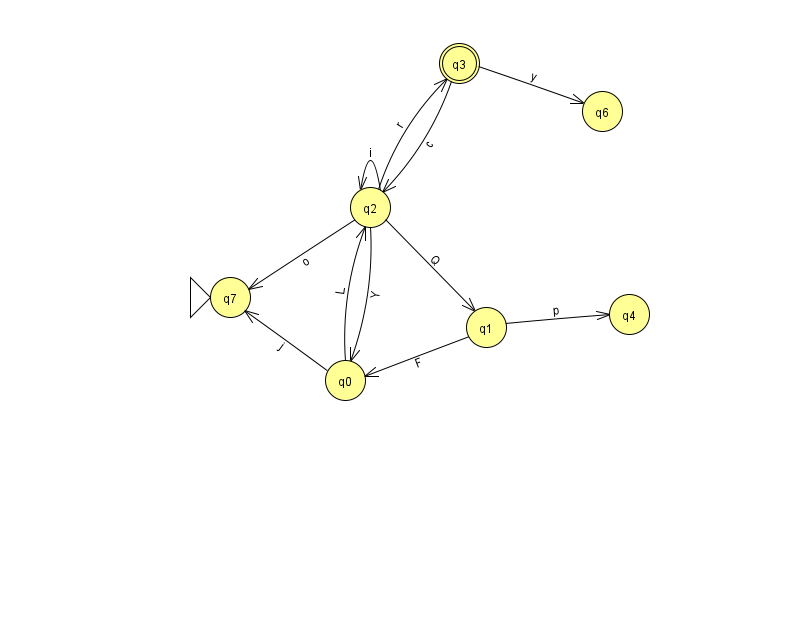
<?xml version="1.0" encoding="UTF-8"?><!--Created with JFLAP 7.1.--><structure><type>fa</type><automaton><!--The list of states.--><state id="0" name="q0"><x>345.0</x><y>367.0</y></state><state id="1" name="q1"><x>486.0</x><y>314.0</y></state><state id="2" name="q2"><x>370.0</x><y>194.0</y></state><state id="3" name="q3"><x>459.0</x><y>50.0</y><final/></state><state id="4" name="q4"><x>629.0</x><y>301.0</y></state><state id="6" name="q6"><x>602.0</x><y>98.0</y></state><state id="7" name="q7"><x>230.0</x><y>284.0</y><initial/></state><!--The list of transitions.--><transition><from>1</from><to>0</to><read>F</read></transition><transition><from>0</from><to>7</to><read>j</read></transition><transition><from>2</from><to>1</to><read>Q</read></transition><transition><from>3</from><to>2</to><read>c</read></transition><transition><from>2</from><to>3</to><read>r</read></transition><transition><from>2</from><to>7</to><read>o</read></transition><transition><from>2</from><to>0</to><read>Y</read></transition><transition><from>2</from><to>2</to><read>i</read></transition><transition><from>0</from><to>2</to><read>L</read></transition><transition><from>1</from><to>4</to><read>p</read></transition><transition><from>3</from><to>6</to><read>y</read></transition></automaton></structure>